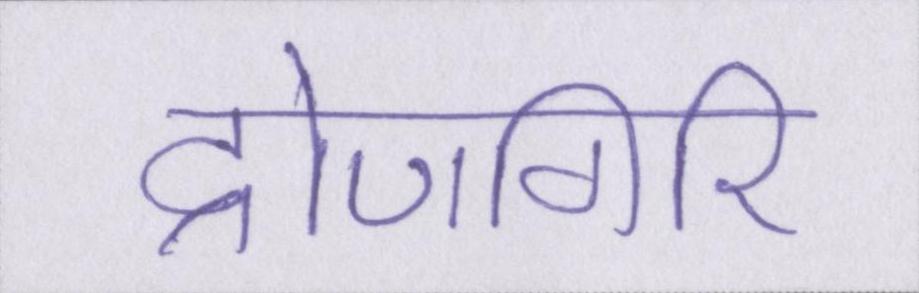
द्रोणगिरि